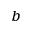
^ { b }